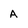
Character: A